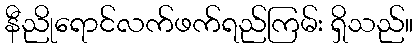
နီညိုရောင်လက်ဖက်ရည်ကြမ်း ရှိသည်။